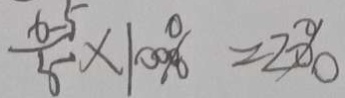
\frac { x - 5 } { 5 } \times 1 0 0 \% = 2 0 \%